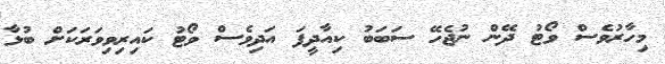
މިހާރުވެސް ވޯޓު ދޭން ނުޖެހޭ ސަބަބު ކިއާދީފަ އަދިވެސް ވޯޓު ކައިރިވިވަރަކަށް ބުޅާ